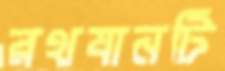
রথযানটি